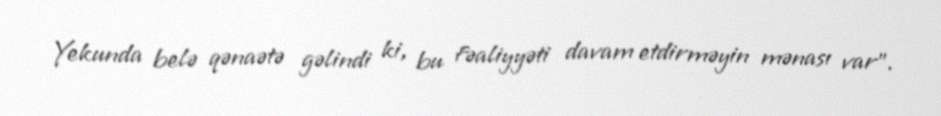
Yekunda belə qənaətə gəlindi ki, bu fəaliyyəti davam etdirməyin mənası var”.